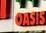
oasis